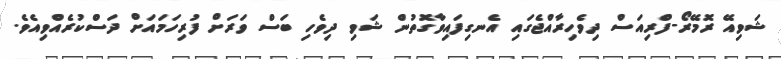
ޝަވިއޭ ރޮމޭރޯ-ފްރިއަސް ދިވެހިރާއްޖެގައި އެނގިފައިވާގޮތުން ޝަވި ދިވެހި ބަސް ވަރަށް ފުރިހަމައަށް ދަސްކުރެއްވިއެވެ.